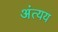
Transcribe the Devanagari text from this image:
अंत्यय